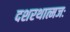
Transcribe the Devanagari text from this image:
दशरथात्मजः